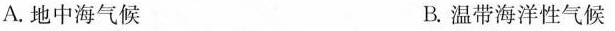
A.地中海气候 B.温带海洋性气候